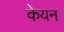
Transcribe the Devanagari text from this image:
केयन